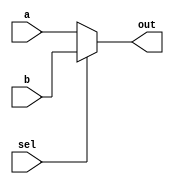
module mux2to1(a,b,out,sel);
	input a,b,sel;
	output out;
	reg temp_out;
	
	always @(sel)
	begin
		temp_out = (sel==1'b0)?a:b;
	end
	assign out = temp_out;
endmodule